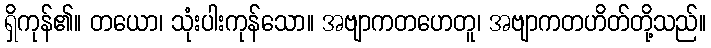
ရှိကုန်၏။ တယော၊ သုံးပါးကုန်သော။ အဗျာကတဟေတူ၊ အဗျာကတဟိတ်တို့သည်။